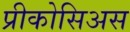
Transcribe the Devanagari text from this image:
प्रीकोसिअस